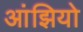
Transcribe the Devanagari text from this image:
आंझियो